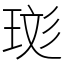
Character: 珳